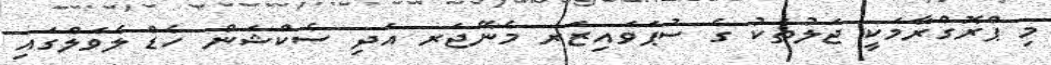
މި ޕްރޮގްރާމަކީ ޖަލުތަކު ގެ ސުޕަވައިޒަރ މެނޭޖަރ އަދި ސެކްޝަން ހެޑް ލެވަލްގައި